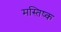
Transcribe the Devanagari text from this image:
मस्‍तिष्क